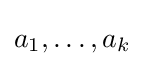
a_{1},\dots ,a_{k}